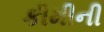
કીમીની